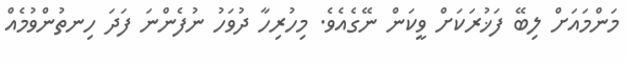
މަންމައަށް ލިބޭ ފަޚުރަކަށް ވީކަން ނޭގެއެވެ. މިހުރިހާ ދުވަހު ނުފެންނަ ފަދަ ހިނތުންވުމެއް